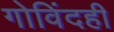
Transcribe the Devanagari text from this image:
गोविंदही